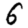
Digit: 6